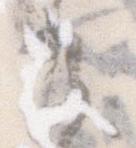
之